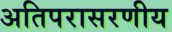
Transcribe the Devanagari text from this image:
अतिपरासरणीय